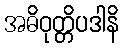
အဓိဝုတ္တိပဒါနိ